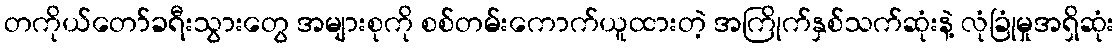
တကိုယ်တော်ခရီးသွားတွေ အများစုကို စစ်တမ်းကောက်ယူထားတဲ့ အကြိုက်နှစ်သက်ဆုံးနဲ့ လုံခြုံမှုအရှိဆုံး